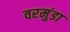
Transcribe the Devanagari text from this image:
वरमुंडा